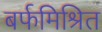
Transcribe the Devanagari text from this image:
बर्फमिश्रित